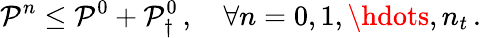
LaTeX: \mathcal P^{n}\le\mathcal P^{0}+\mathcal P_{\dagger}^{0}\, ,\quad\forall n=0,1,\hdots,n_{t}\, .